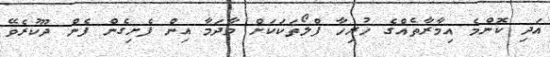
އަދި ކޮންމެ އިމާރާތެއްގެ ހުރިހާ ފްލޯތަކަކަށް މާދަމާ އިން ފެށިގެން ފެން ދޫކުރެވޭ